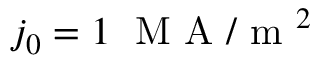
j _ { 0 } = 1 \; \mathrm { ~ M ~ A ~ } / \mathrm { ~ m ~ } ^ { 2 }